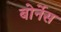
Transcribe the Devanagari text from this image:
बोर्नेस